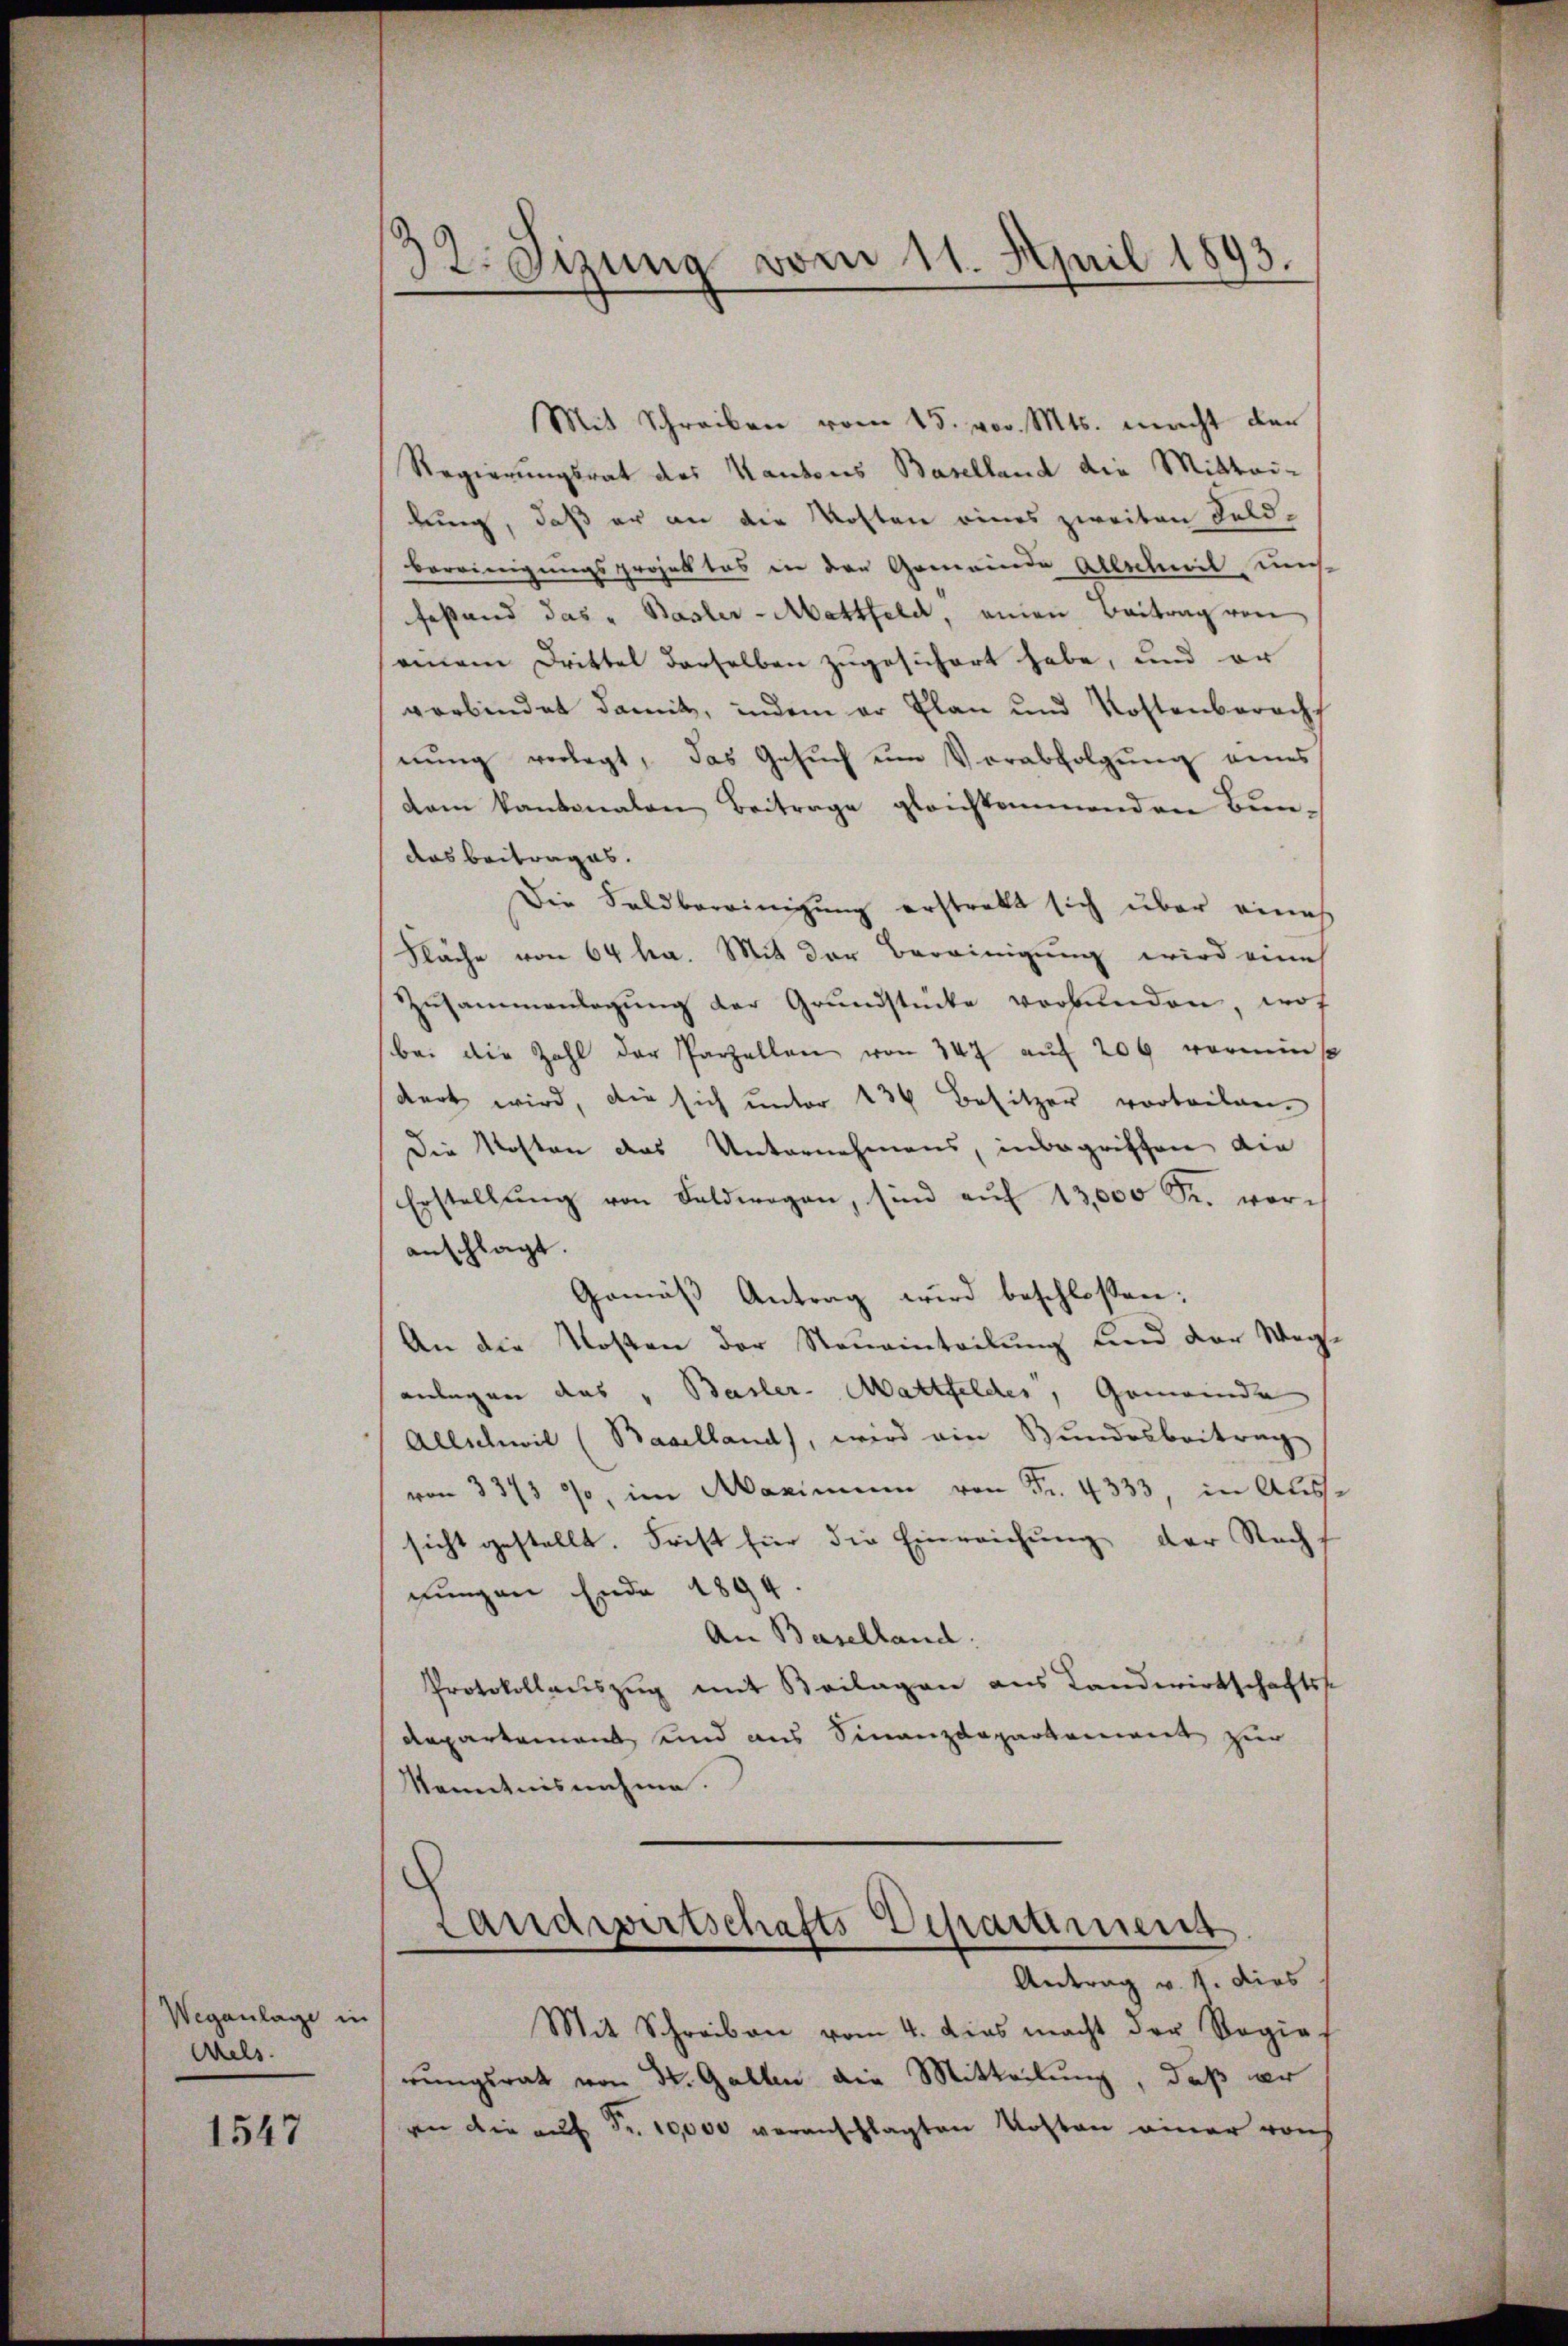
Weganlage in
Aels.

1547

32. Sizung vom 11. April 1893.

Mit Schreiben vom 15. vor. Mts. macht den
Regierungsrat des Kantons Baselland die Mittei-
lung, daß er an die Kosten eines zweiten Feld-
bereinigungsprojekt das in den Gemeinde Allschwil uns
festand das " Basler-Mattfeld, einen Beitrag von
einem Drittel derselben zugesichert habe, und er
verbindet damit, indem er Plan und Kostenberach
nung verlegt, das Gesŭch um Verabfolgung eines
dem kantonalen Beitrage gleichkommenden Bundas Beitrages.
Die Saldbereinigung erstrakt sich über eines
Fläche von 64 ha. Mit der Bereinigung wird eine
Zŭsammenlegŭng der Grundstücke verbunden, wof
bei die Zahl der Parzellen von 347 auf 200 vermins
dert wird, die sich unter 434 Besitzer vorteilen.
Die Kosten das Unternehmens, inbegriffen die
Erstellŭng von Feldwegen, sind aŭf 13,000 Sr. vor-
anschlagt.
Gemäss Antrag wird beschlossen:
An die Kosten der Steueinteilung und der Weganlegen das „Basler- Mattfeldes, Gemeinde
Allschwil (Baselland), wird ein Bundesbeitrag
von 337 90, im Maximum von Fr. 4333, in Aus-
sicht gestellt. Frist für die Einreichung der Recht
nungen Ende 1894
An Baselland:
Protokollauszug mit Beilagen aus Landwirtschaftsse
departement und aus Finanzdeparkannt zur
Kenntnisnahme.
Landwirtschafts-Departiment

Mit Schreiben vom 4. dies macht der Regie
rungsrath von St. Gallen die Mitteilung, daß er
an die auf Fr. 10,000 veranschlagten Kosten einer von

Antrag v. J. dies